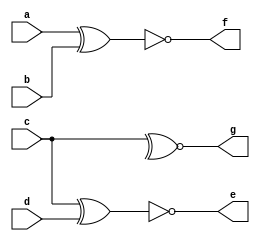

module gates(input a, input b, input [3:0] c, input [3:0] d, output [3:0] e,
output f, output g);

assign f = ~(a^b);
assign g = ~^c;
assign e = ~(c^d);

endmodule